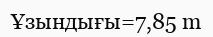
Ұзындығы=7,85 m